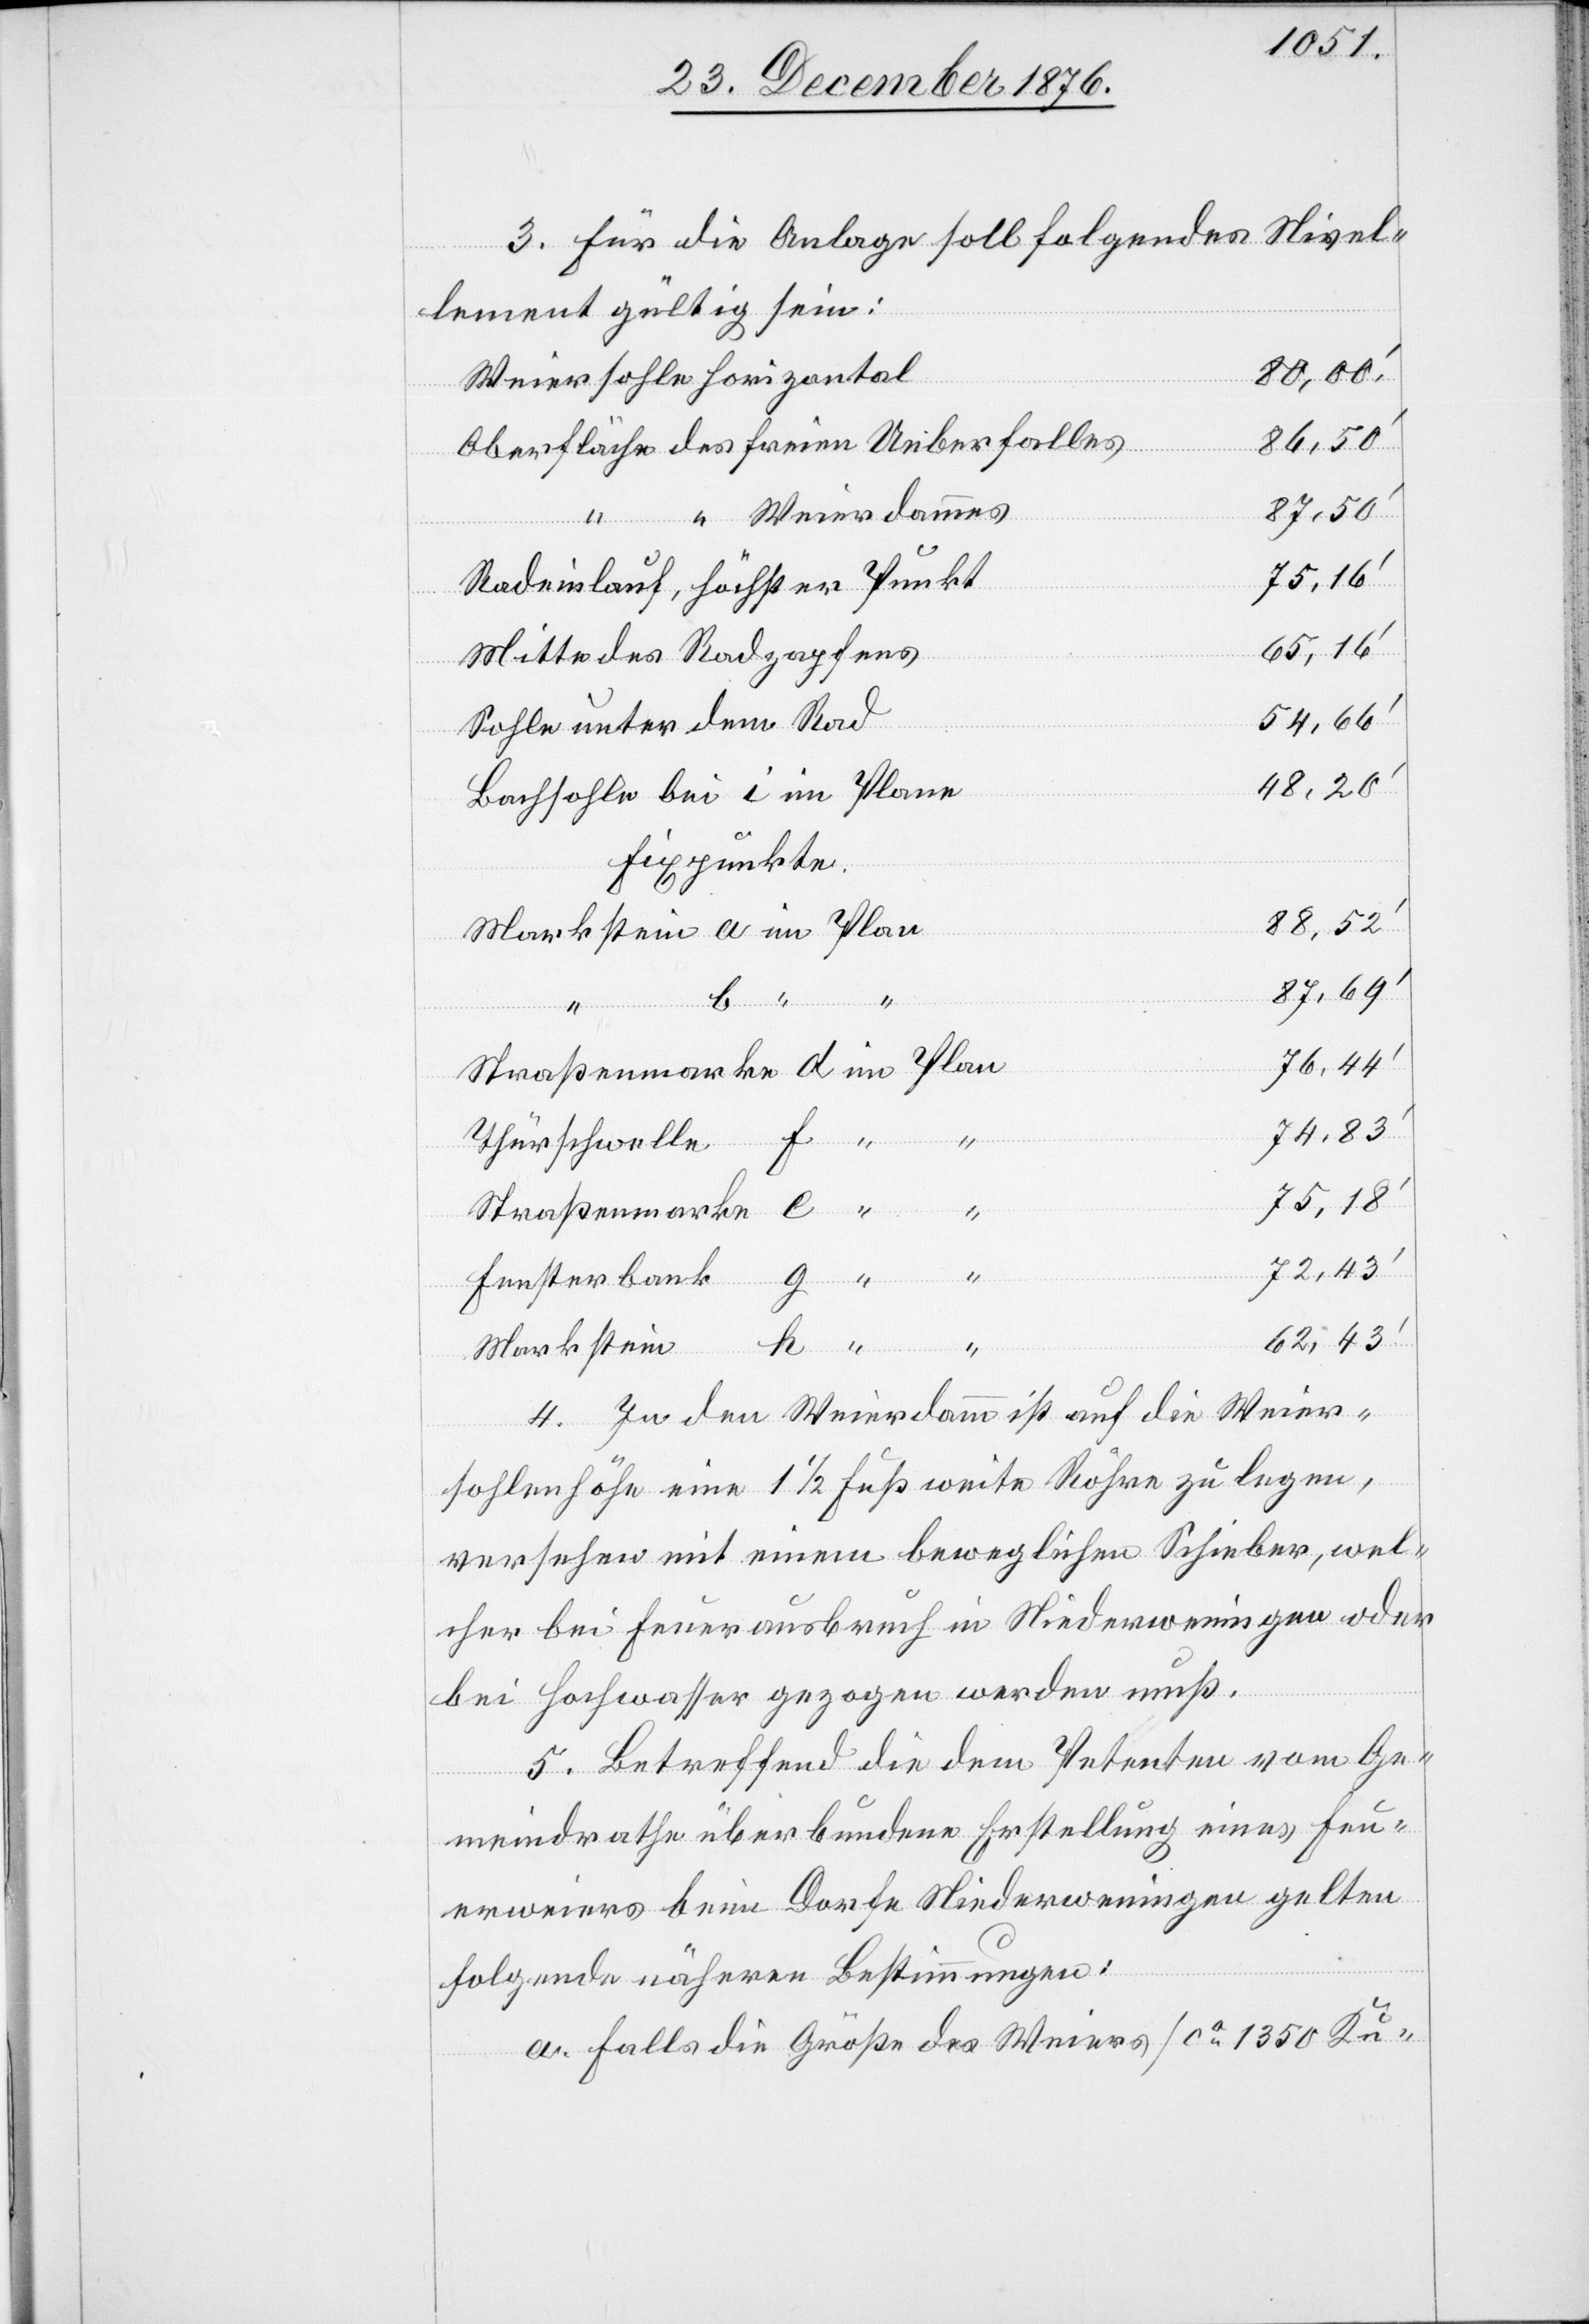
3. Für die Anlage soll folgendes Nivel¬
lement gültig sein:
80,00‘
Weiersohle horizontal
Oberfläche des freien Ueberfalles
88,52‘
“ Weierdammes
75,16‘
Radeinlauf, höchster Punkt
65,16‘
Mitte des Radzapfens
Sohle unter dem Rad
Bachsohle bei i im Plane
Fixpunkte.
Markstein a im Plan
87,69‘
76,44‘
Straßenmarke d im Plan
74,83‘
h “
Thürschwelle
75,18‘
Straßenmarke e “
72,43‘
Fensterbank g “
62,43‘
“ b
f “
Markstein
4. In den Weierdamm ist auf die Weier¬
sohlenhöhe eine 1 1/2 Fuß weite Röhre zu legen,
versehen mit einem beweglichen Schieber, wel¬
cher bei Feuerausbruch in Niederweningen oder
bei Hochwasser gezogen werden muß.
5. Betreffend die dem Petenten vom Ge¬
meindrathe überbundene Erstellung eines Feu¬
erweiers beim Dorfe Niederweningen gelten
folgende nähere Bestimmungen:
a. Falls die Größe des Weiers [ca 1350 Ku-